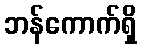
ဘန်ကောက်ရှိ